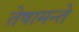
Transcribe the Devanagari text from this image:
तेषामन्ते